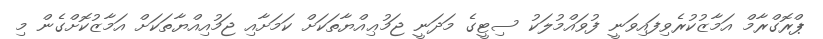
ޕްރޮގްރާމް އަމާޒުކުރެވިފައިވަނީ ފުވައްމުލަކު ސިޓީގެ މަދަނީ ޖަމުޢިއްޔާތަކަށް ކަމަށާއި ޖަމުއިއްޔާތަކަށް އަމާޒުކޮށްގެން މި